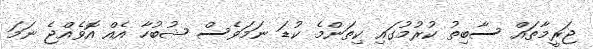
ޖަރީމާތައް ސާބިތު ކުރުމުގައި ކިތަންމެ ކުޑަ ނަމަވެސް ޝުބުހާ އެއް އޮވެއްޖެ ނަމަ